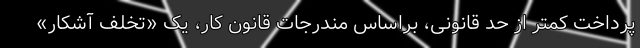
پرداخت کمتر از حد قانونی، براساس مندرجات قانون کار، یک «تخلف آشکار»